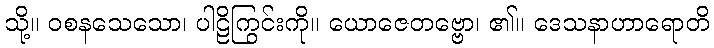
သို့။ ဝစနသေသော၊ ပါဠိကြွင်းကို။ ယောဇေတဗ္ဗော၊ ၏။ ဒေသနာဟာရောတိ